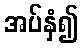
အပ်နှံ၍